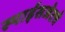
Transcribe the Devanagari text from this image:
स्पाईसजेटचे